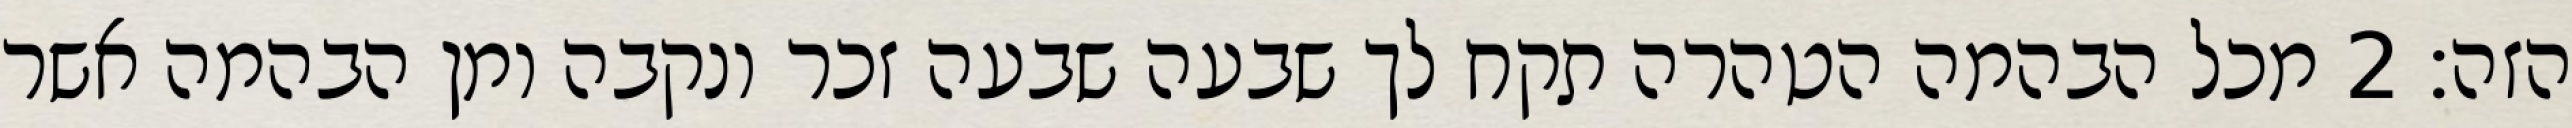
הזה׃ ‎2‏ מכל הבהמה הטהרה תקח לך שבעה שבעה זכר ונקבה ומן הבהמה אשר